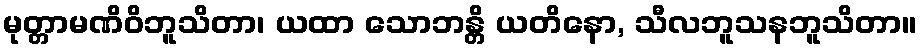
မုတ္တာမဏိဝိဘူသိတာ၊ ယထာ သောဘန္တိ ယတိနော, သီလဘူသနဘူသိတာ။